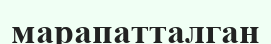
марапатталган